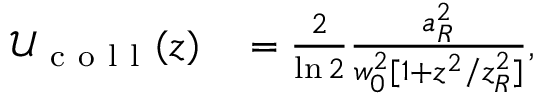
\begin{array} { r l } { \mathcal { U } _ { \mathrm { ~ c ~ o ~ l ~ l ~ } } ( z ) } & { { } = \frac { 2 } { \ln 2 } \frac { a _ { R } ^ { 2 } } { w _ { 0 } ^ { 2 } [ 1 + z ^ { 2 } / z _ { R } ^ { 2 } ] } , } \end{array}